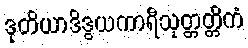
ဒုတိယာဒိဒွယကာရီသုတ္တတ္တိကံ